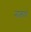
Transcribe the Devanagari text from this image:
नाकाचे